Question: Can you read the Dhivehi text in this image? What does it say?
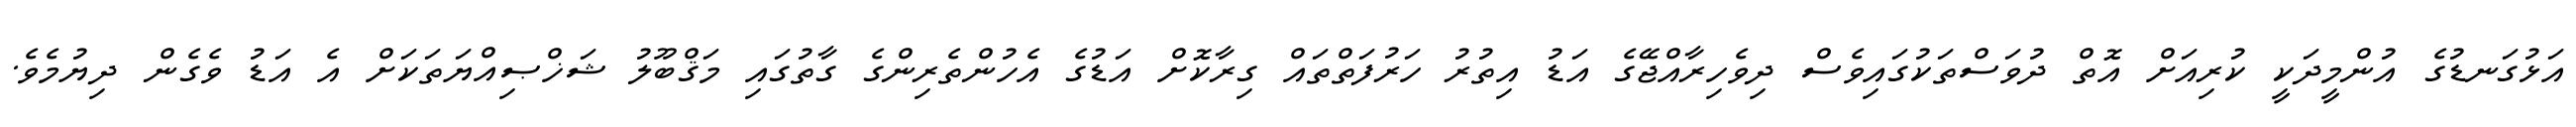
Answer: އަޅުގަނޑުގެ އުންމީދަކީ ކުރިއަށް އޮތް ދުވަސްތަކުގައިވެސް ދިވެހިރާއްޖޭގެ އަޑު އިތުރު ހަރުފަތްތައް ގިރާކޮށް އަޑުގެ އެހުންތެރިންގެ ގާތުގައި މަޤްބޫލު ޝަޚްޞިއްޔަތަކަށް އެ އަޑު ވެގެން ދިޔުމެވެ.